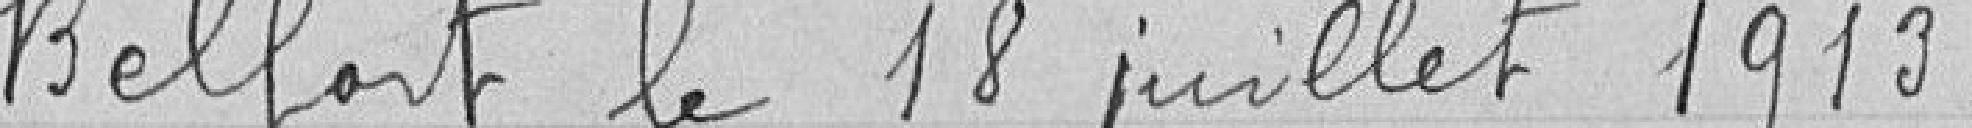
Belfort le 18 juillet 1913